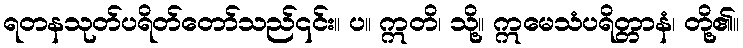
ရတနသုတ်ပရိတ်တော်သည်၎င်း။ ပ။ ဣတိ၊ သို့။ ဣမေသံပရိတ္တာနံ၊ တို့၏။